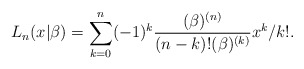
\begin{align*}L_{n}(x|\beta )=\sum_{k=0}^{n}(-1)^{k}\frac{(\beta )^{(n)}}{(n-k)!(\beta)^{(k)}}x^{k}/k!. \end{align*}